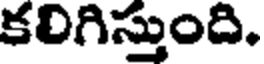
కలిగిస్తుంది.